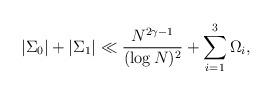
LaTeX: \begin{align*}\left|\Sigma_{0}\right|+\left|\Sigma_{1}\right|\ll\frac{N^{2\gamma-1}}{(\log N)^{2}}+\sum_{i=1}^{3}\Omega_{i},\end{align*}